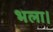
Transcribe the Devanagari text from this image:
भला।